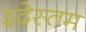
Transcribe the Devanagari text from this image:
इदेस्तम